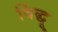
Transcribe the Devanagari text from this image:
बिंद्धू